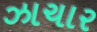
ઝાચાર